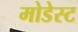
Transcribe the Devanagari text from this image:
मोडेस्ट